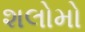
શલોમો